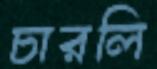
চারলি